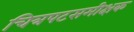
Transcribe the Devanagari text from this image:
चित्रपटसमीक्षक